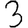
Digit: 3